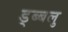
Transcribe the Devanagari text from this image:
ड्ब्बलु